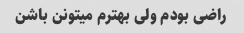
راضی بودم ولی بهترم میتونن باشن